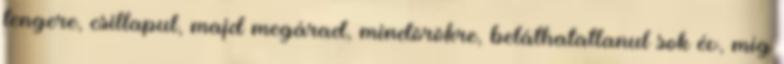
tengere, csillapul, majd megárad, mindörökre, beláthatatlanul sok év, míg